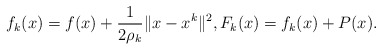
\begin{align*}f_k(x) = f(x)+\frac{1}{2\rho_k}\|x-x^k\|^2, F_k(x) = f_k(x)+P(x). \end{align*}